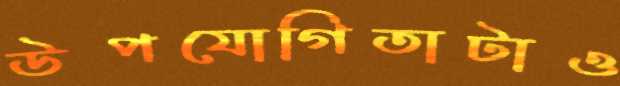
উপযোগিতাটাও